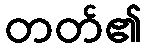
တတ်၏